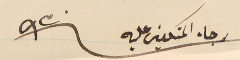
رجا المتكلين عليه ٩٣٠